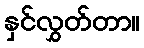
နှင်လွှတ်တာ။